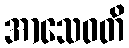
အာသေဝတိ